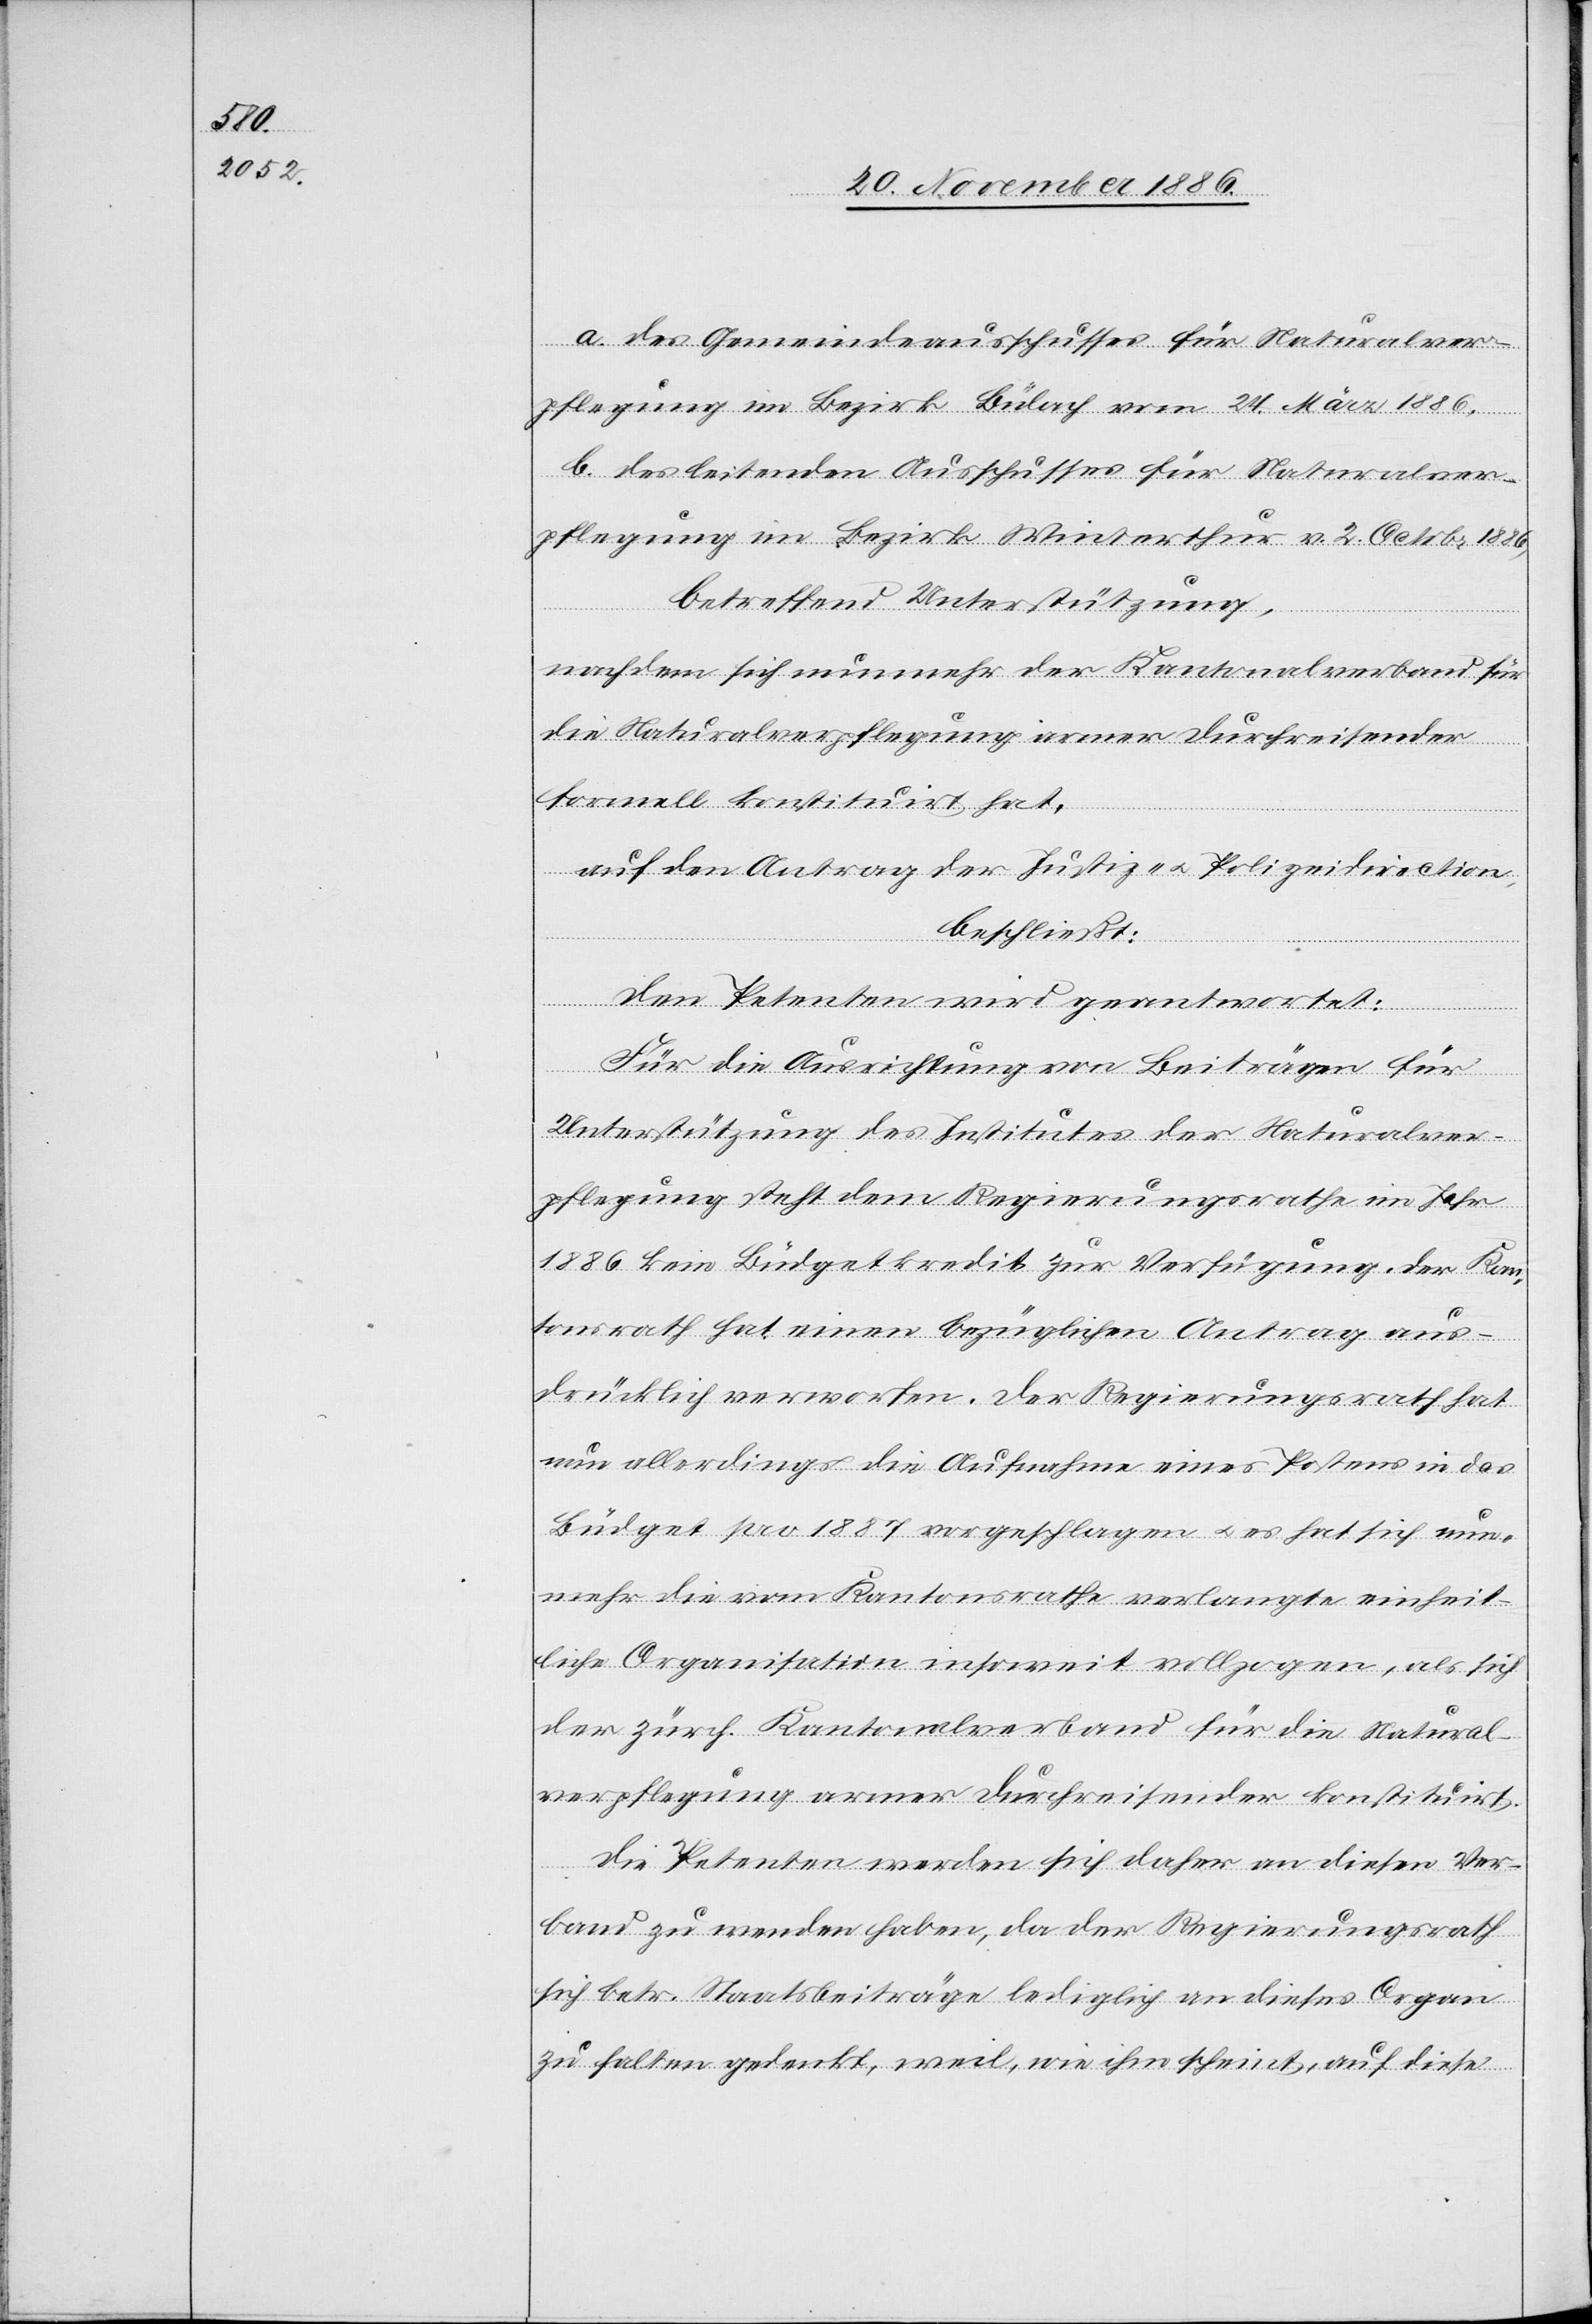
a. des Gemeindeausschusses für Naturalver¬
pflegung im Bezirk Bülach vom 24. März 1886,
b. des leitenden Ausschusses für Naturalver¬
pflegung im Bezirk Winterthur v. 2. Octobr. 1886,
betreffend Unterstützung,
nachdem sich nunmehr der Kantonalverband für
die Naturalverpflegung armer Durchreisender
formell konstituirt hat,
auf den Antrag der Justiz- & Polizeidirection,
beschließt:
Den Petenten wird geantwortet:
Für die Ausrichtung von Beiträgen für
Unterstützung des Institutes der Naturalver¬
pflegung steht dem Regierungsrathe im Jahr
1886 kein Büdgetkredit zur Verfügung. Der Kan¬
tonsrath hat einen bezüglichen Antrag aus¬
drücklich verworfen. Der Regierungsrath hat
nun allerdings die Aufnahme eines Postens in das
Büdget pro 1887 vorgeschlagen & es hat sich nun¬
mehr die vom Kantonsrathe verlangte einheit¬
liche Organisation insoweit vollzogen, als sich
der zürch. Kantonalverband für die Natural¬
verpflegung armer Durchreisender konstituirt.
Die Petenten werden sich daher an diesen Ver¬
band zu wenden haben, da der Regierungsrath
sich betr. Staatsbeiträge lediglich an dieses Organ
zu halten gedenkt, weil, wie ihm scheint, auf diese